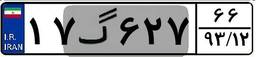
۷۶گ۹۴۸۳۹